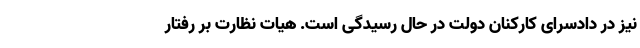
نیز در دادسرای کارکنان دولت در حال رسیدگی است. هیات نظارت بر رفتار